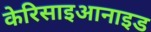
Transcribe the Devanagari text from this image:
केरिसाइआनाइड